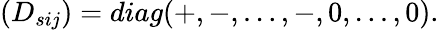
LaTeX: (D_{sij})=diag(+,-,\dots,-,0,\dots,0).